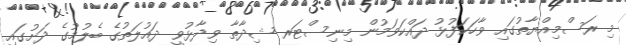
މި ރަސްމިއްޔާތުގައި ވާހަކަފުޅު ދައްކަވަމުން މިނިސްޓަރ ޝިދާތާ ވިދާޅުވީ ދައުލަތުގެ ބެލުމުގެ ދަށުގައި